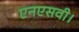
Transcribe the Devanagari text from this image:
एनएसवी।